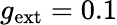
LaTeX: g_{\mathrm{ext}}=0.1